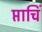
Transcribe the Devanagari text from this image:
प्ताचिं